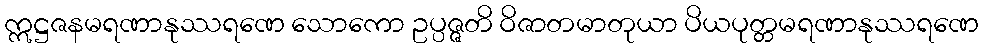
ဣဋ္ဌဇနမရဏာနုဿရဏေ သောကော ဥပ္ပဇ္ဇတိ ဝိဇာတမာတုယာ ပိယပုတ္တမရဏာနုဿရဏေ